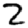
Digit: 2